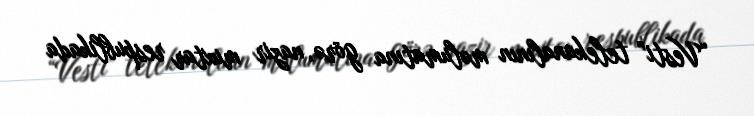
“Vesti” telekanalının məlumatına görə, nazir muxtar respublikada